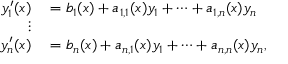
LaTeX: \begin{array} { r l } { y _ { 1 } ^ { \prime } ( x ) } & { { } = b _ { 1 } ( x ) + a _ { 1 , 1 } ( x ) y _ { 1 } + \cdots + a _ { 1 , n } ( x ) y _ { n } } \\ { \vdots } & { { } } \\ { y _ { n } ^ { \prime } ( x ) } & { { } = b _ { n } ( x ) + a _ { n , 1 } ( x ) y _ { 1 } + \cdots + a _ { n , n } ( x ) y _ { n } , } \end{array}